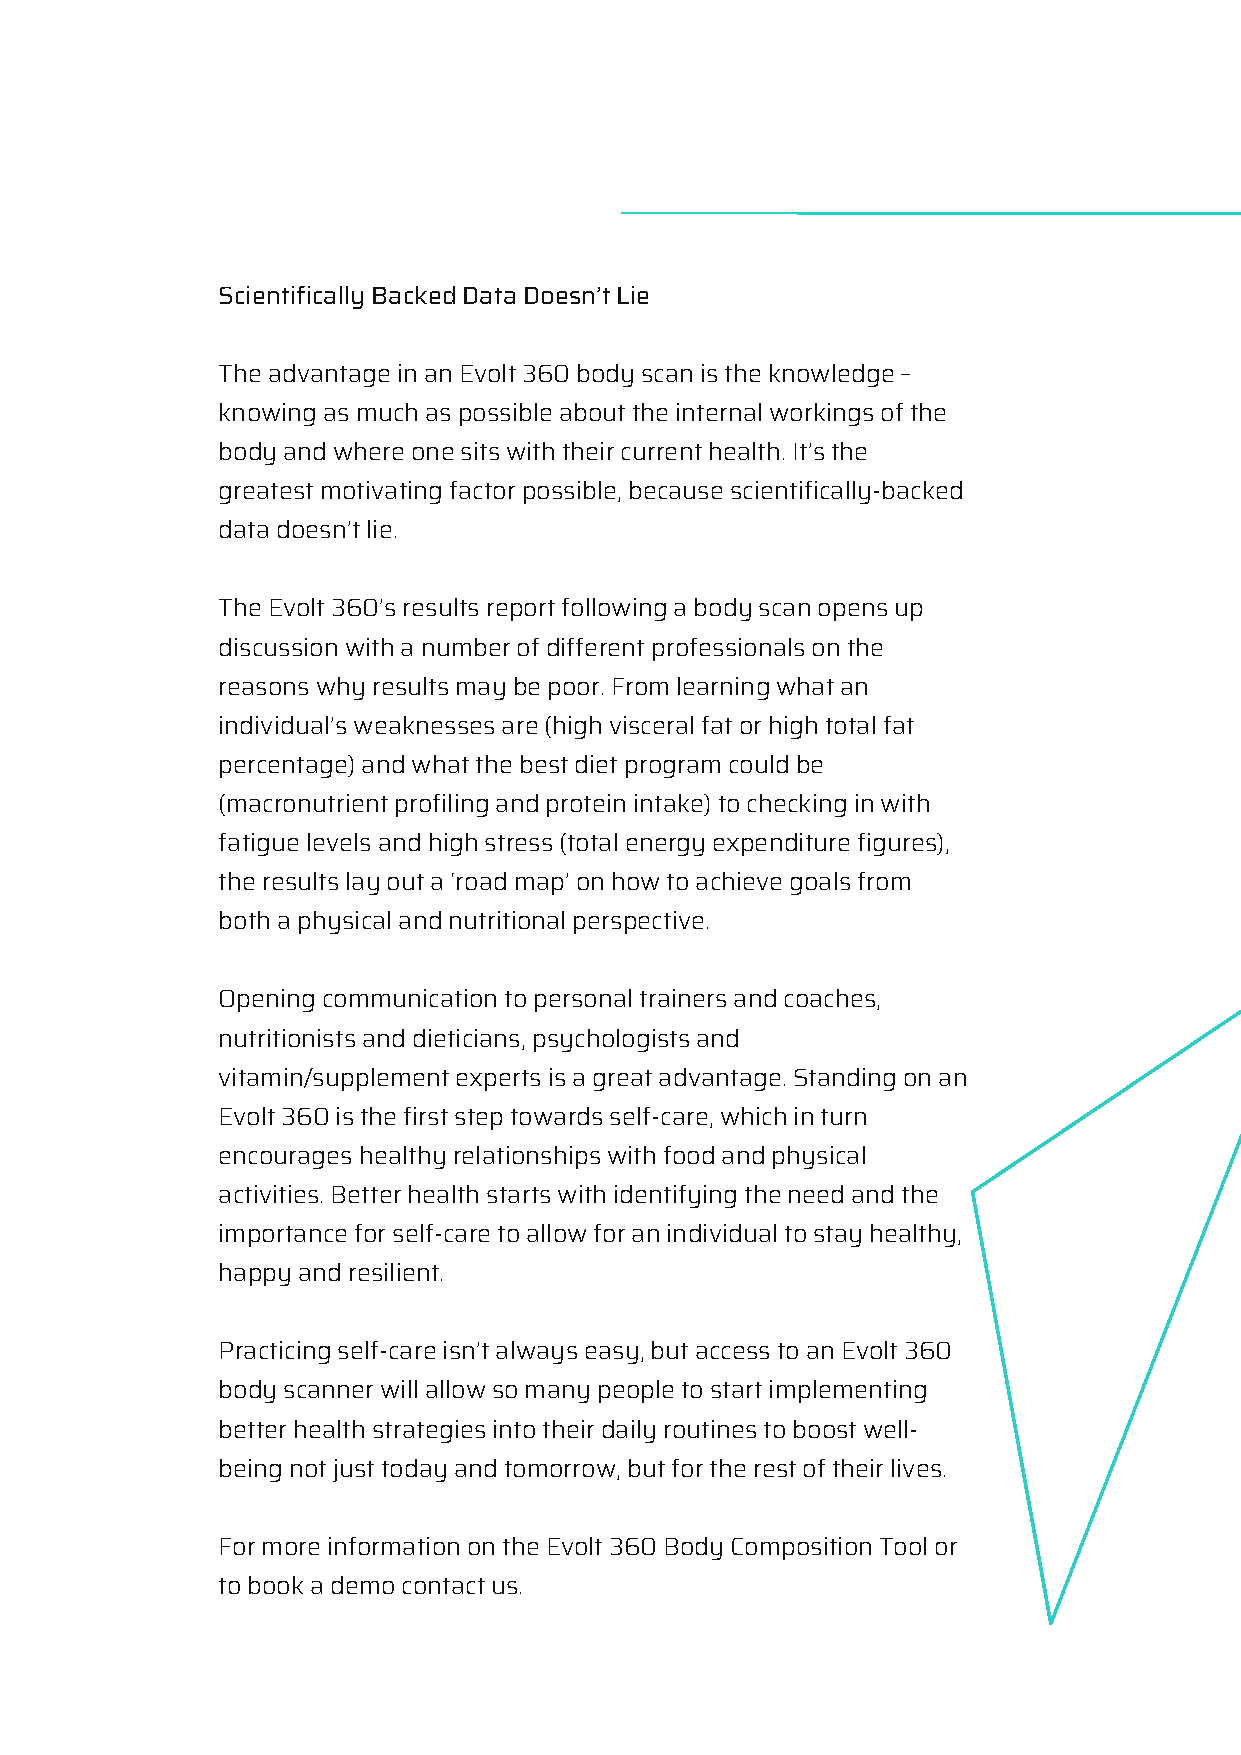
Scientifically Backed Data Doesn’t Lie
 The advantage in an Evolt 360 body scan is the knowledge –
 knowing as much as possible about the internal workings of the
 body and where one sits with their current health. It’s the
 greatest motivating factor possible, because scientifically-backed
 data doesn’t lie.
 The Evolt 360’s results report following a body scan opens up
 discussion with a number of different professionals on the
 reasons why results may be poor. From learning what an
 individual’s weaknesses are (high visceral fat or high total fat
 percentage) and what the best diet program could be
 (macronutrient profiling and protein intake) to checking in with
 fatigue levels and high stress (total energy expenditure figures),
 the results lay out a ‘road map’ on how to achieve goals from
 both a physical and nutritional perspective.
 Opening communication to personal trainers and coaches,
 nutritionists and dieticians, psychologists and
 vitamin/supplement experts is a great advantage. Standing on an
 Evolt 360 is the first step towards self-care, which in turn
 encourages healthy relationships with food and physical
 activities. Better health starts with identifying the need and the
 importance for self-care to allow for an individual to stay healthy,
 happy and resilient.
 Practicing self-care isn’t always easy, but access to an Evolt 360
 body scanner will allow so many people to start implementing
 better health strategies into their daily routines to boost well-
 being not just today and tomorrow, but for the rest of their lives.
 For more information on the Evolt 360 Body Composition Tool or
 to book a demo contact us.